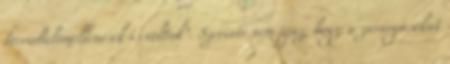
forradalomellenesek is voltak". Szerinte nem igaz, hogy a zavargásokat